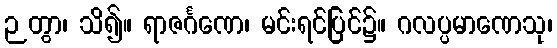
ဉတွာ၊ သိ၍။ ရာဇင်္ဂဏေ၊ မင်းရင်ပြင်၌။ ဂလပ္ပမာဏေသု၊